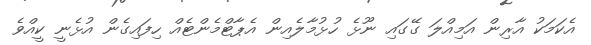
އެކަމަކު އާރިން އަމިއްލަ ގޭގައި ނޫޅެ ހުޅުމާލެއިން އެޕާޓްމެންޓެއް ހިފައިގެން އުޅެނީ ކީއްވެ